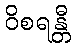
ဝိစရန္တီ